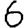
Digit: 6